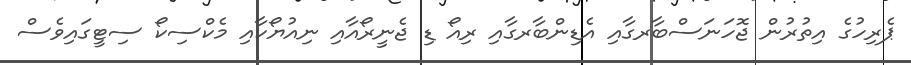
ޕެރިހުގެ އިތުރުން ޖޮހަނަސްބާރގާއި އެޑިންބާރގާއި ރިއޯ ޑި ޖެނީރޯއާއި ނިއުޔޯކާއި މެކްސިކޯ ސިޓީގައިވެސް